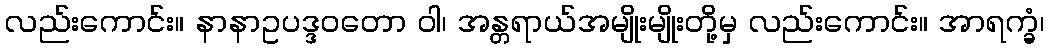
လည်းကောင်း။ နာနာဥပဒ္ဒဝတော ဝါ၊ အန္တရာယ်အမျိုးမျိုးတို့မှ လည်းကောင်း။ အာရက္ခံ၊